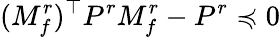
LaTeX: (M_{f}^{r})^{\top}P^{r}M_{f}^{r}-P^{r}\preccurlyeq 0